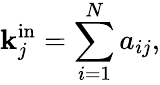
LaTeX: \mathbf{k}_{j}^{\mathrm{{in}}}=\sum_{i=1}^{N}a_{ij},